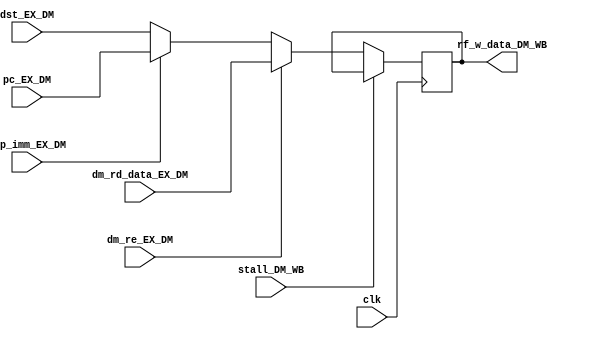
module dst_mux(clk,dm_re_EX_DM,dm_rd_data_EX_DM,pc_EX_DM,dst_EX_DM,rf_w_data_DM_WB,jmp_imm_EX_DM,stall_DM_WB);
// Simple 2:1 mux determining if ALU or DM is source for write to RF
// Adapted from Gengyu Yang's sample processor
// Date Modified: 12 Dec 2014

input clk;
input dm_re_EX_DM;
input jmp_imm_EX_DM;
input [15:0] dm_rd_data_EX_DM;		// input from DM
input [15:0] pc_EX_DM;				// from PC for JAL saving to R15
input [15:0] dst_EX_DM;				// input from ALU
input stall_DM_WB;

output reg[15:0] rf_w_data_DM_WB;		// output to be written to RF

always @(posedge clk)
  if (!stall_DM_WB) begin
    if (dm_re_EX_DM)
      rf_w_data_DM_WB <= dm_rd_data_EX_DM;
    else if (jmp_imm_EX_DM)
      rf_w_data_DM_WB <= pc_EX_DM;
    else
      rf_w_data_DM_WB <= dst_EX_DM;
  end
endmodule